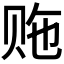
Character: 𬥵